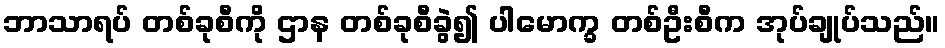
ဘာသာရပ် တစ်ခုစီကို ဌာန တစ်ခုစီခွဲ၍ ပါမောက္ခ တစ်ဦးစီက အုပ်ချုပ်သည်။